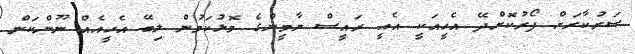
ސަރުކާރަށް ފޯރުކޮށްދޭ އެހީއަކީ އެއީ ރައީސް ޔާމީންގެ މޮޅުކަމުން ލިބޭ އެހީއެއް ނޫންކަން